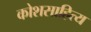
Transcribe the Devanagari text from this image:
कोशसाहित्य